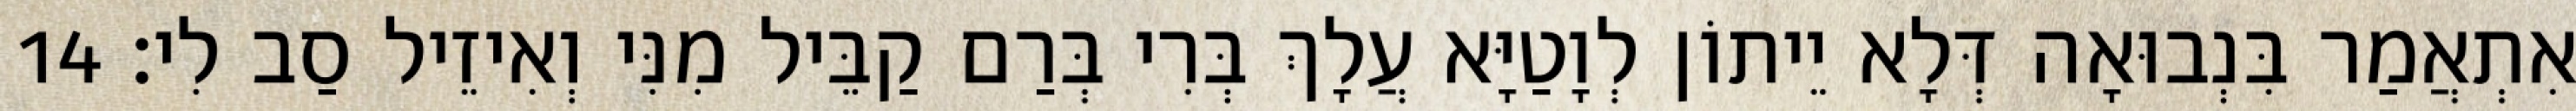
אִתְאֲמַר בִּנְבוּאָה דְּלָא יֵיתוֹן לְוָטַיָּא עֲלָךְ בְּרִי בְּרַם קַבֵּיל מִנִּי וְאִיזֵיל סַב לִי׃ 14